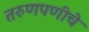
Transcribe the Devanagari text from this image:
तरुणपणीचे